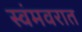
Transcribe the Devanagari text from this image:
स्वंमवरात